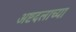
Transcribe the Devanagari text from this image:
अष्टदलाच्या